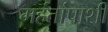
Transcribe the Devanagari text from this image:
महंतांपाशी